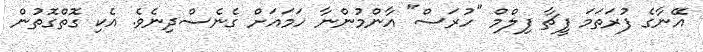
އޭނާގެ ފުރަތަމަ ފީޗާ ފިލްމް "ހުރަސް" އާންމުންނާ ހަމައަށް ގެނެސްދިނެވެ. އެކި ގޮތްގޮތުން